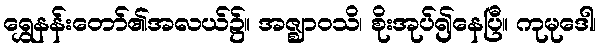
ရွှေနန်းတော်၏အလယ်၌။ အဇ္ဈာဝသိ၊ စိုးအုပ်၍နေပြီ။ ကုမုဒေါ၊